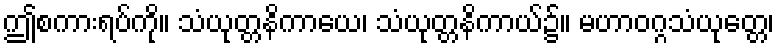
ဤစကားရပ်ကို။ သံယုတ္တနိကာယေ၊ သံယုတ္တနိကာယ်၌။ မဟာဝဂ္ဂသံယုတ္တေ၊